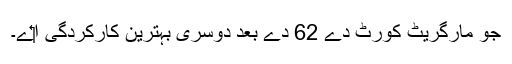
جو مارگریٹ کورٹ دے 62 دے بعد دوسری بہترین کارکردگی ا‏‏ے۔